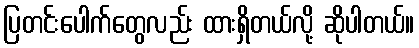
ပြတင်းပေါက်တွေလည်း ထားရှိတယ်လို့ ဆိုပါတယ်။